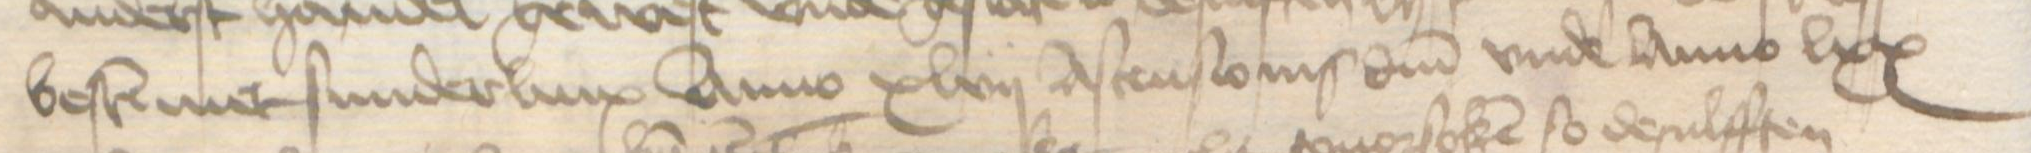
Transcription: bestemmet sunderlinx Anno xlvii Ascensionis domini vnde Anno lxx